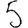
Digit: 5